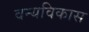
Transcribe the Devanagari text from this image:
वन्यविकास